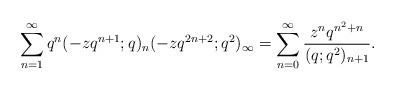
LaTeX: \begin{align*}\sum_{n=1}^{\infty} q^n(-zq^{n+1};q)_{n} (-zq^{2n+2};q^2)_{\infty} =\sum_{n=0}^{\infty} \frac{z^n q^{n^2+n}}{(q;q^2)_{n+1}}.\end{align*}